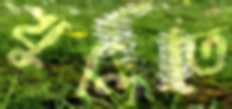
খুলিতে